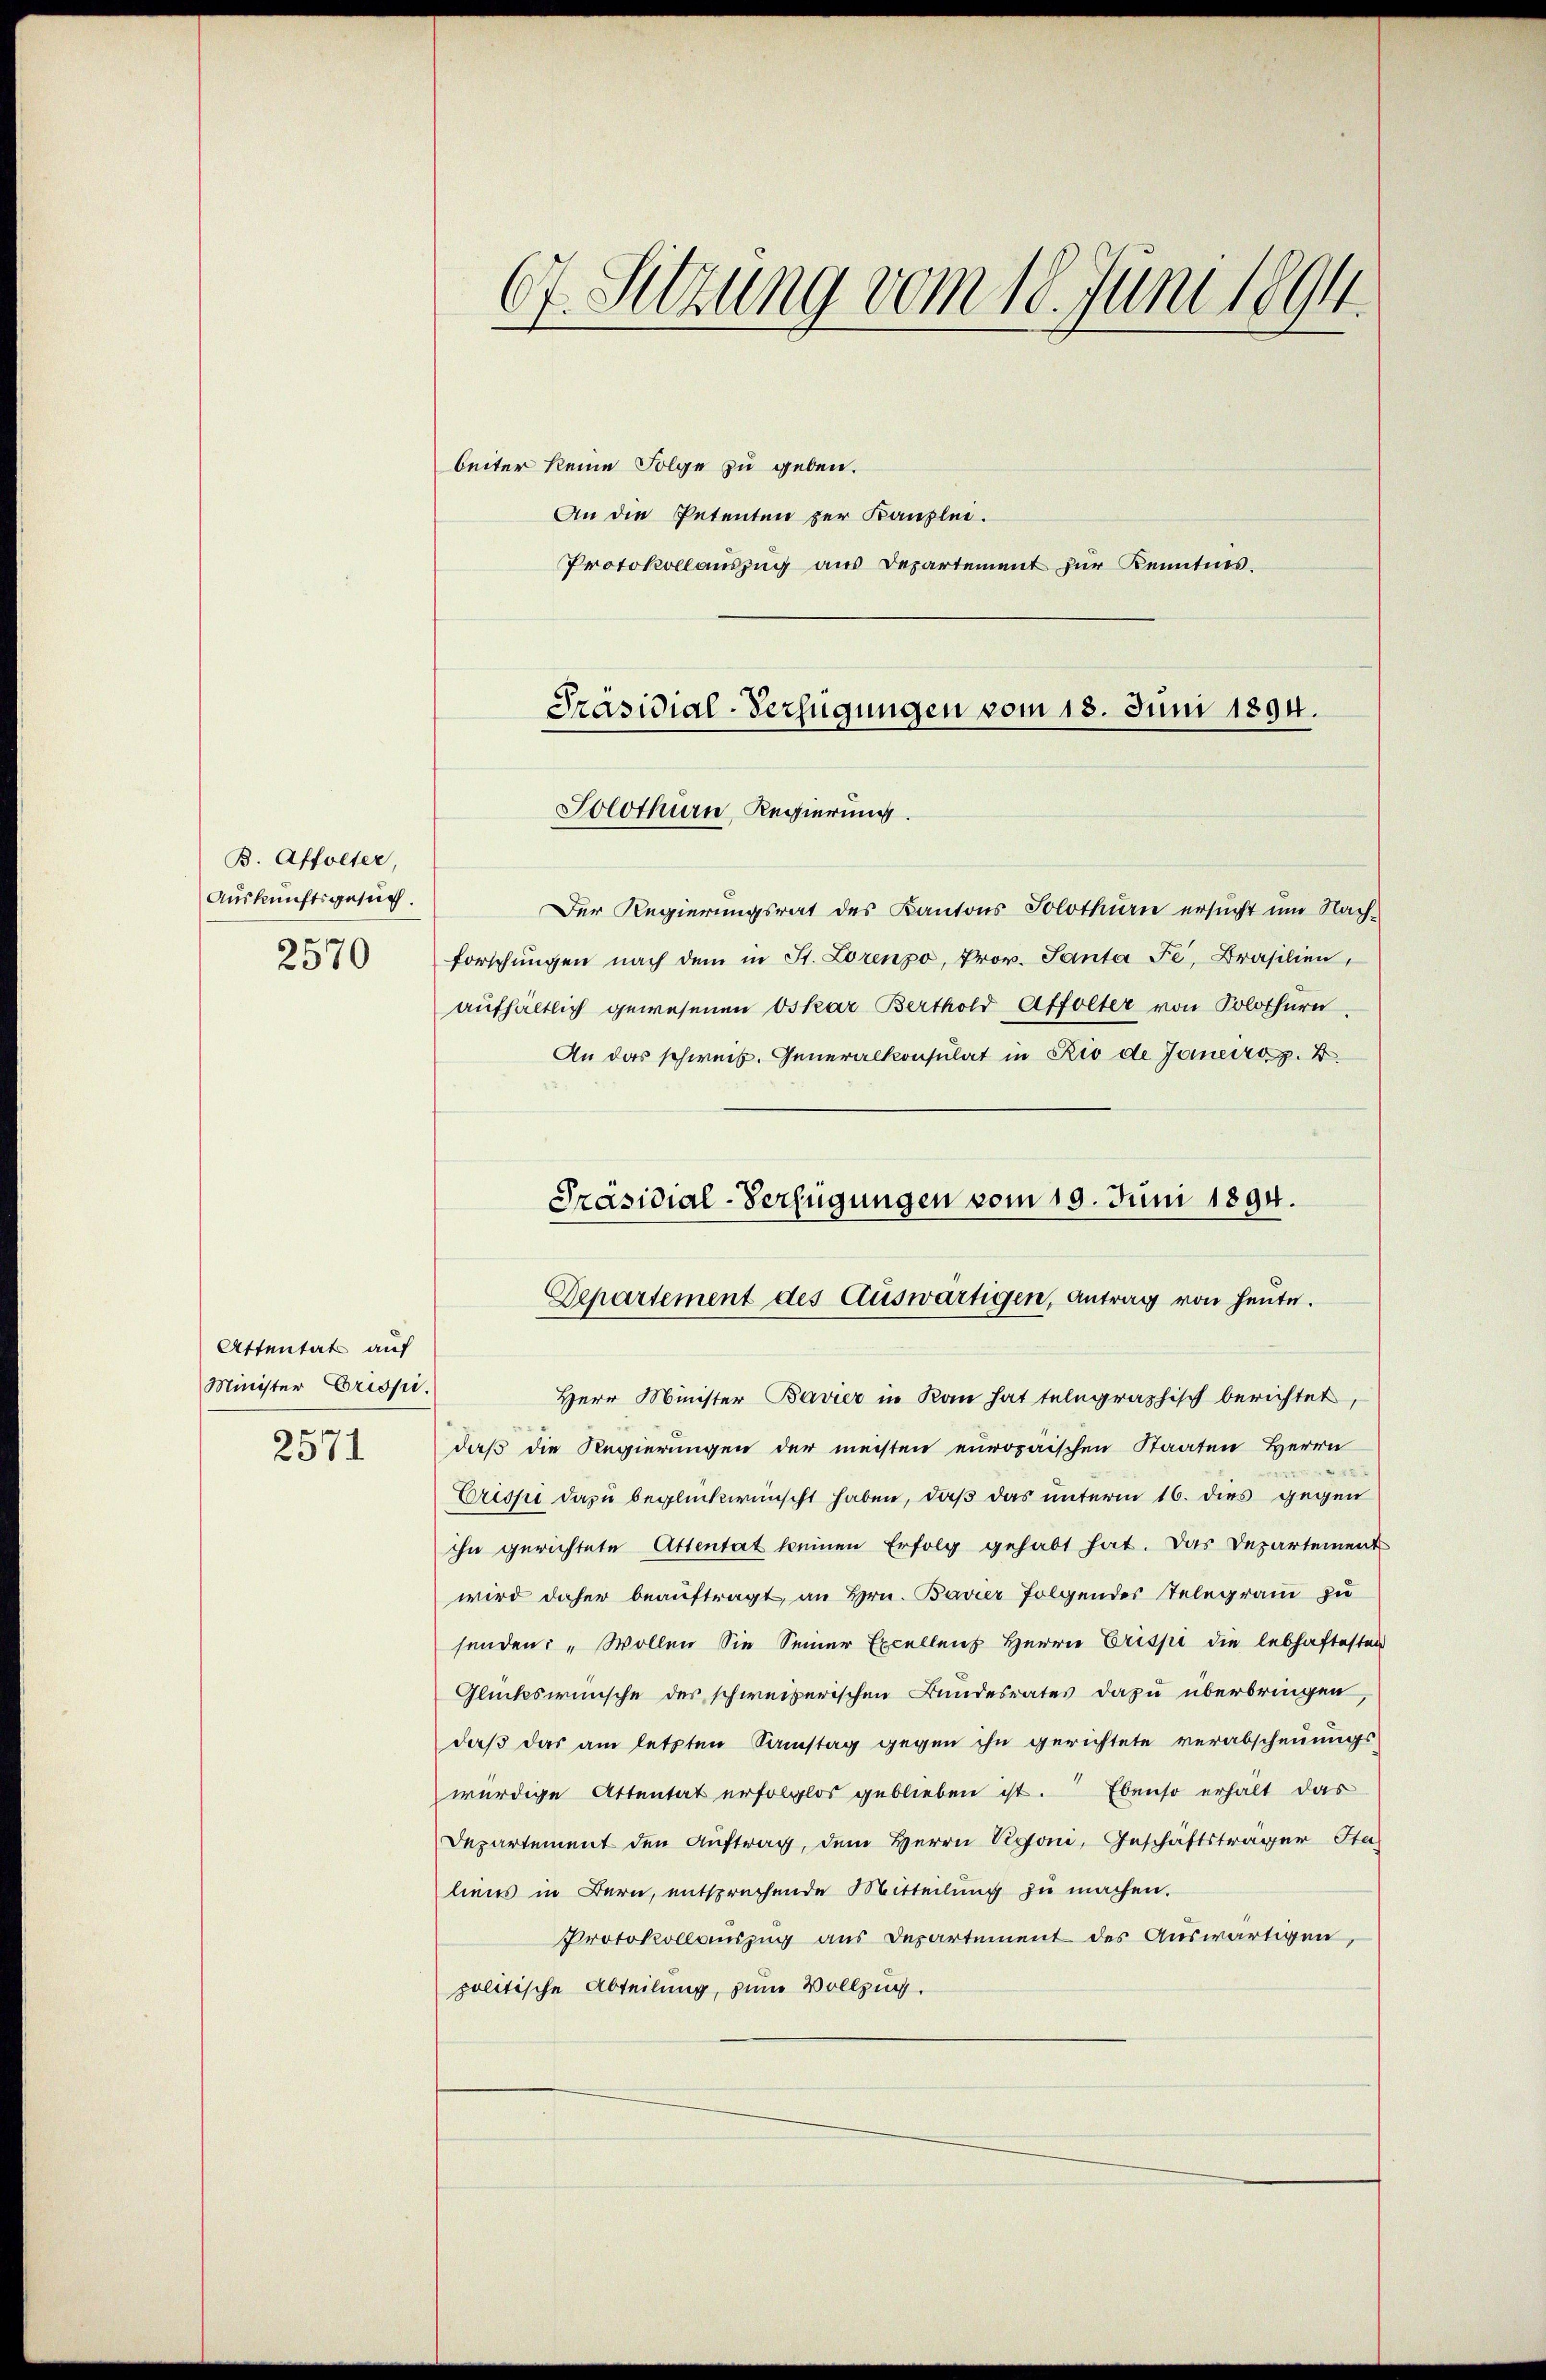
B. Affolter
Auskunftsgesuch.
2570

Attentats auf
Minister Crispi
2571

67. Sitzung vom 18. Juni 1894.

beiter keine Folge zu geben.
An die Petenten zur Kanzlei.
Protokollauszug aus Departement zur Kenntnis.

Präsidial-Verfügungen vom 18. Juni 1894.
Solothurn, Regierung.

Der Regierungsrat des Kantons Solothurn ersucht um Nach-
forschungen nach dem in St. Lorenzo, Prov. Santa Fe, Brasilien,
aufhältlich gewesenen Oskar Berthold Affolter von Solothurn,
An das schweiz. Generalkonsulat in Rio de Janeiro z. B
Präsidial-Verfügungen vom 19. Juni 1894.

Departement des Auswärtigen, Antrag von heute.

Herr Minister Bavier in Kan hat telegraphisch berichtet,
daß die Regierungen der meisten europaischen Staaten Herrn

Crisse dazu beglückwünscht haben, daß das unterm 16. dies gegen
ihn gerichtete Attentat keinen Erfolg gehabt hat. Das Departement
wird daher beauftragt, an Hrn. Bavier folgendes Telegram zu
senden: „Wollen Sie Seiner Excellenz Herrn Crispe die lebhaftesten
Glückwünsche der schweizerischen Bundesrates dazu überbringen
daß das am letzten Samstag gegen ihn gerichtete verabscheuungs-
würdige Attentat erfolglos geblieben ist. Ebenso erhalt das
Departement den Auftrag, dem Herrn Personi, Geschäftsträger Sta
liens in Bern, entsprechende Mitteilung zu machen.
Protokollauszug aus Departement des Auswärtigen,
politische Abteilung, zum Vollzug.